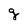
Character: g